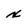
Character: x